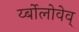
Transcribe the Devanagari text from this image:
र्य्बोलोवेव्